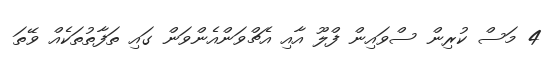
4 މަސް ކުރިން ސްވައިން ފްލޫ އާއި އެޗްވަންއެންވަން ގައި ތަފާތުތަކެއް ވޭތަ